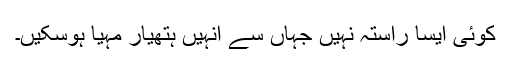
کوئی ایسا راستہ نہیں جہاں سے انہیں ہتھیار مہیا ہوسکیں۔